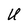
Character: U